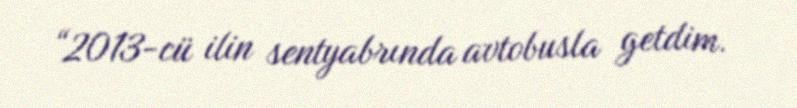
“2013-cü ilin sentyabrında avtobusla getdim.